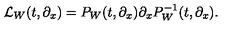
{ \cal L } _ { W } ( t , \partial _ { x } ) = P _ { W } ( t , \partial _ { x } ) \partial _ { x } P _ { W } ^ { - 1 } ( t , \partial _ { x } ) .